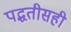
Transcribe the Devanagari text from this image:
पद्धतीसही